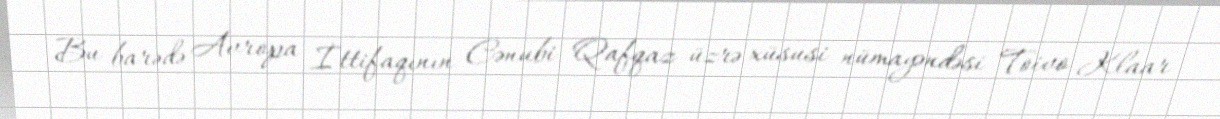
Bu barədə Avropa İttifaqının Cənubi Qafqaz üzrə xüsusi nümayəndəsi Toivo Klaar